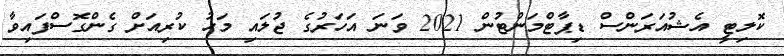
ކޮލިޓީ އެޝުއަރަންސް ޑިޕާޓްމަންޓުން 2021 ވަނަ އަހަރުގެ ޖުލައި މަހު ކުރިއަށް ގެންގޮސްފައިވާ